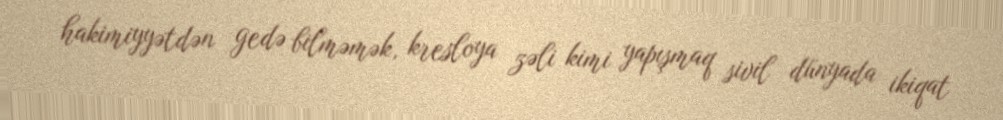
hakimiyyətdən gedə bilməmək, kresloya zəli kimi yapışmaq sivil dünyada ikiqat